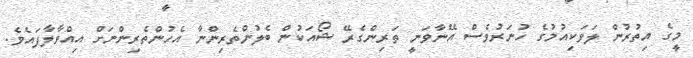
މީގެ އިތުރުން ލަވަކިއުމުގެ ހުނަރުވެސް އޭނާވަނީ ތަރިންގެރޭ ޝޯއަކުން ބެލުންތެރިންނާ އެހުންތެރިންނަށް އިއްވާލާފައެވެ.